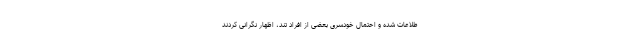
طلاعات شده و احتمال خودسرى بعضى از افراد تند، اظهار نگرانى ‌كردند